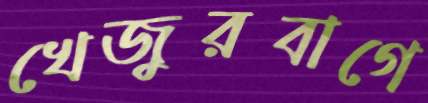
খেজুরবাগে